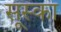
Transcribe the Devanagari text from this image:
सूस्का